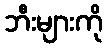
ဘီးများကို